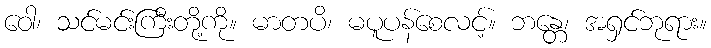
ဝေါ၊ သင်မင်းကြီးတို့ကို။ မာတပိ၊ မပူပန်စေလင့်။ ဘန္တေ၊ အရှင်ဘုရား။